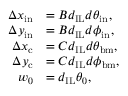
\begin{array} { r l } { \Delta x _ { \mathrm { i n } } } & { = B d _ { \mathrm { I L } } d \theta _ { \mathrm { i n } } , } \\ { \Delta y _ { \mathrm { i n } } } & { = B d _ { \mathrm { I L } } d \phi _ { \mathrm { i n } } , } \\ { \Delta x _ { \mathrm { c } } } & { = C d _ { \mathrm { I L } } d \theta _ { \mathrm { b m } } , } \\ { \Delta y _ { \mathrm { c } } } & { = C d _ { \mathrm { I L } } d \phi _ { \mathrm { b m } } , } \\ { w _ { 0 } } & { = d _ { \mathrm { I L } } \theta _ { 0 } , } \end{array}